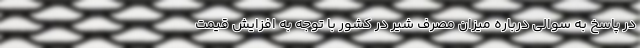
در پاسخ به سوالی درباره میزان مصرف شیر در کشور با توجه به افزایش قیمت